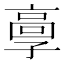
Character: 𩫃